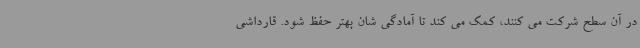
در آن سطح شرکت می کنند، کمک می کند تا آمادگی شان بهتر حفظ شود. قارداشی